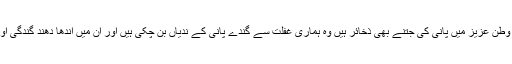
لیکن بات یہاں ختم نہیں ہوتی وطنِ عزیز میں پانی کی جتنے بھی ذخائر ہیں وہ ہماری غفلت سے گندے پانی کے ندیاں بن چکی ہیں اور ان میں اندھا دھند گندگی اور ٹھوس فضلہ ڈالا جارہا ہے۔